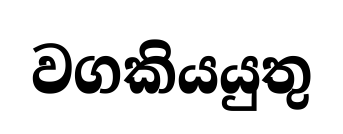
වගකියයුතු